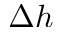
\Delta h